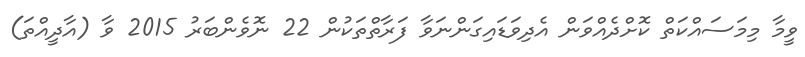
ވީމާ މިމަސައްކަތް ކޮށްދެއްވަން އެދިވަޑައިގަންނަވާ ފަރާތްތަކުން 22 ނޮވެންބަރު 2015 ވާ (އާދީއްތަ)